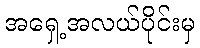
အရှေ့အလယ်ပိုင်းမှ